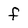
Character: f